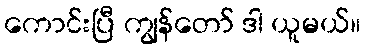
ကောင်းပြီ ကျွန်တော် ဒါ ယူမယ်။